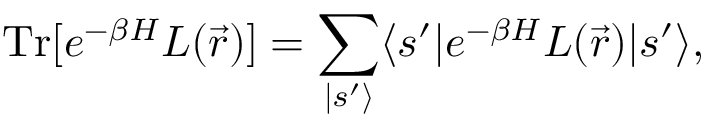
\mathrm { T r } \lbrack e ^ { - \beta H } L ( \vec { r } ) \rbrack = \sum _ { | s ^ { \prime } \rangle } \langle s ^ { \prime } | e ^ { - \beta H } L ( \vec { r } ) | s ^ { \prime } \rangle ,